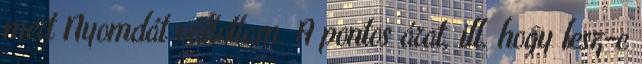
mert Nyomdát váltottam. A pontos árat, ill. hogy lesz-e